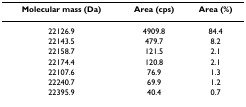
<table><thead><tr><td><b>Molecular mass (Da)</b></td><td><b>Area (cps)</b></td><td><b>Area (%)</b></td></tr></thead><tbody><tr><td>22126.9</td><td>4909.8</td><td>84.4</td></tr><tr><td>22143.5</td><td>479.7</td><td>8.2</td></tr><tr><td>22158.7</td><td>121.5</td><td>2.1</td></tr><tr><td>22174.4</td><td>120.8</td><td>2.1</td></tr><tr><td>22107.6</td><td>76.9</td><td>1.3</td></tr><tr><td>22240.7</td><td>69.9</td><td>1.2</td></tr><tr><td>22395.9</td><td>40.4</td><td>0.7</td></tr></tbody></table>